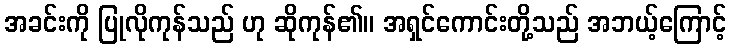
အခင်းကို ပြုလိုကုန်သည် ဟု ဆိုကုန်၏။ အရှင်ကောင်းတို့သည် အဘယ့်ကြောင့်